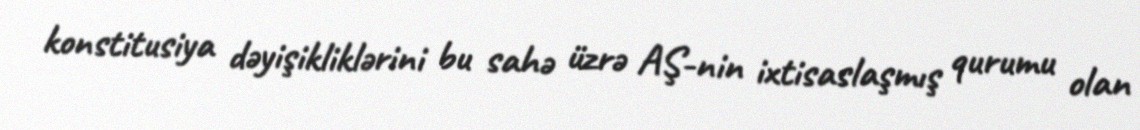
konstitusiya dəyişikliklərini bu sahə üzrə AŞ-nin ixtisaslaşmış qurumu olan